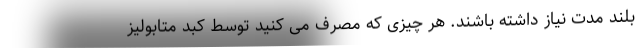
بلند مدت نیاز داشته باشند. هر چیزی که مصرف می کنید توسط کبد متابولیز